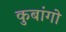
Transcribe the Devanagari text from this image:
कुबांगो